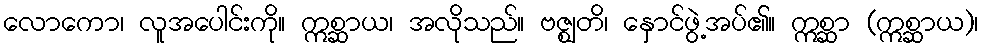
လောကော၊ လူအပေါင်းကို။ ဣစ္ဆာယ၊ အလိုသည်။ ဗဇ္ဈတိ၊ နှောင်ဖွဲ့အပ်၏။ ဣစ္ဆာ (ဣစ္ဆာယ)၊